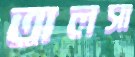
তালসা